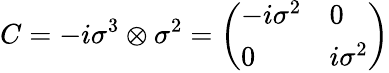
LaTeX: C=-i\sigma^{3}\otimes\sigma^{2}={\left(\begin{array}{ll}{-i\sigma^{2}}&{0}\\ {0}&{i\sigma^{2}}\end{array}\right)}